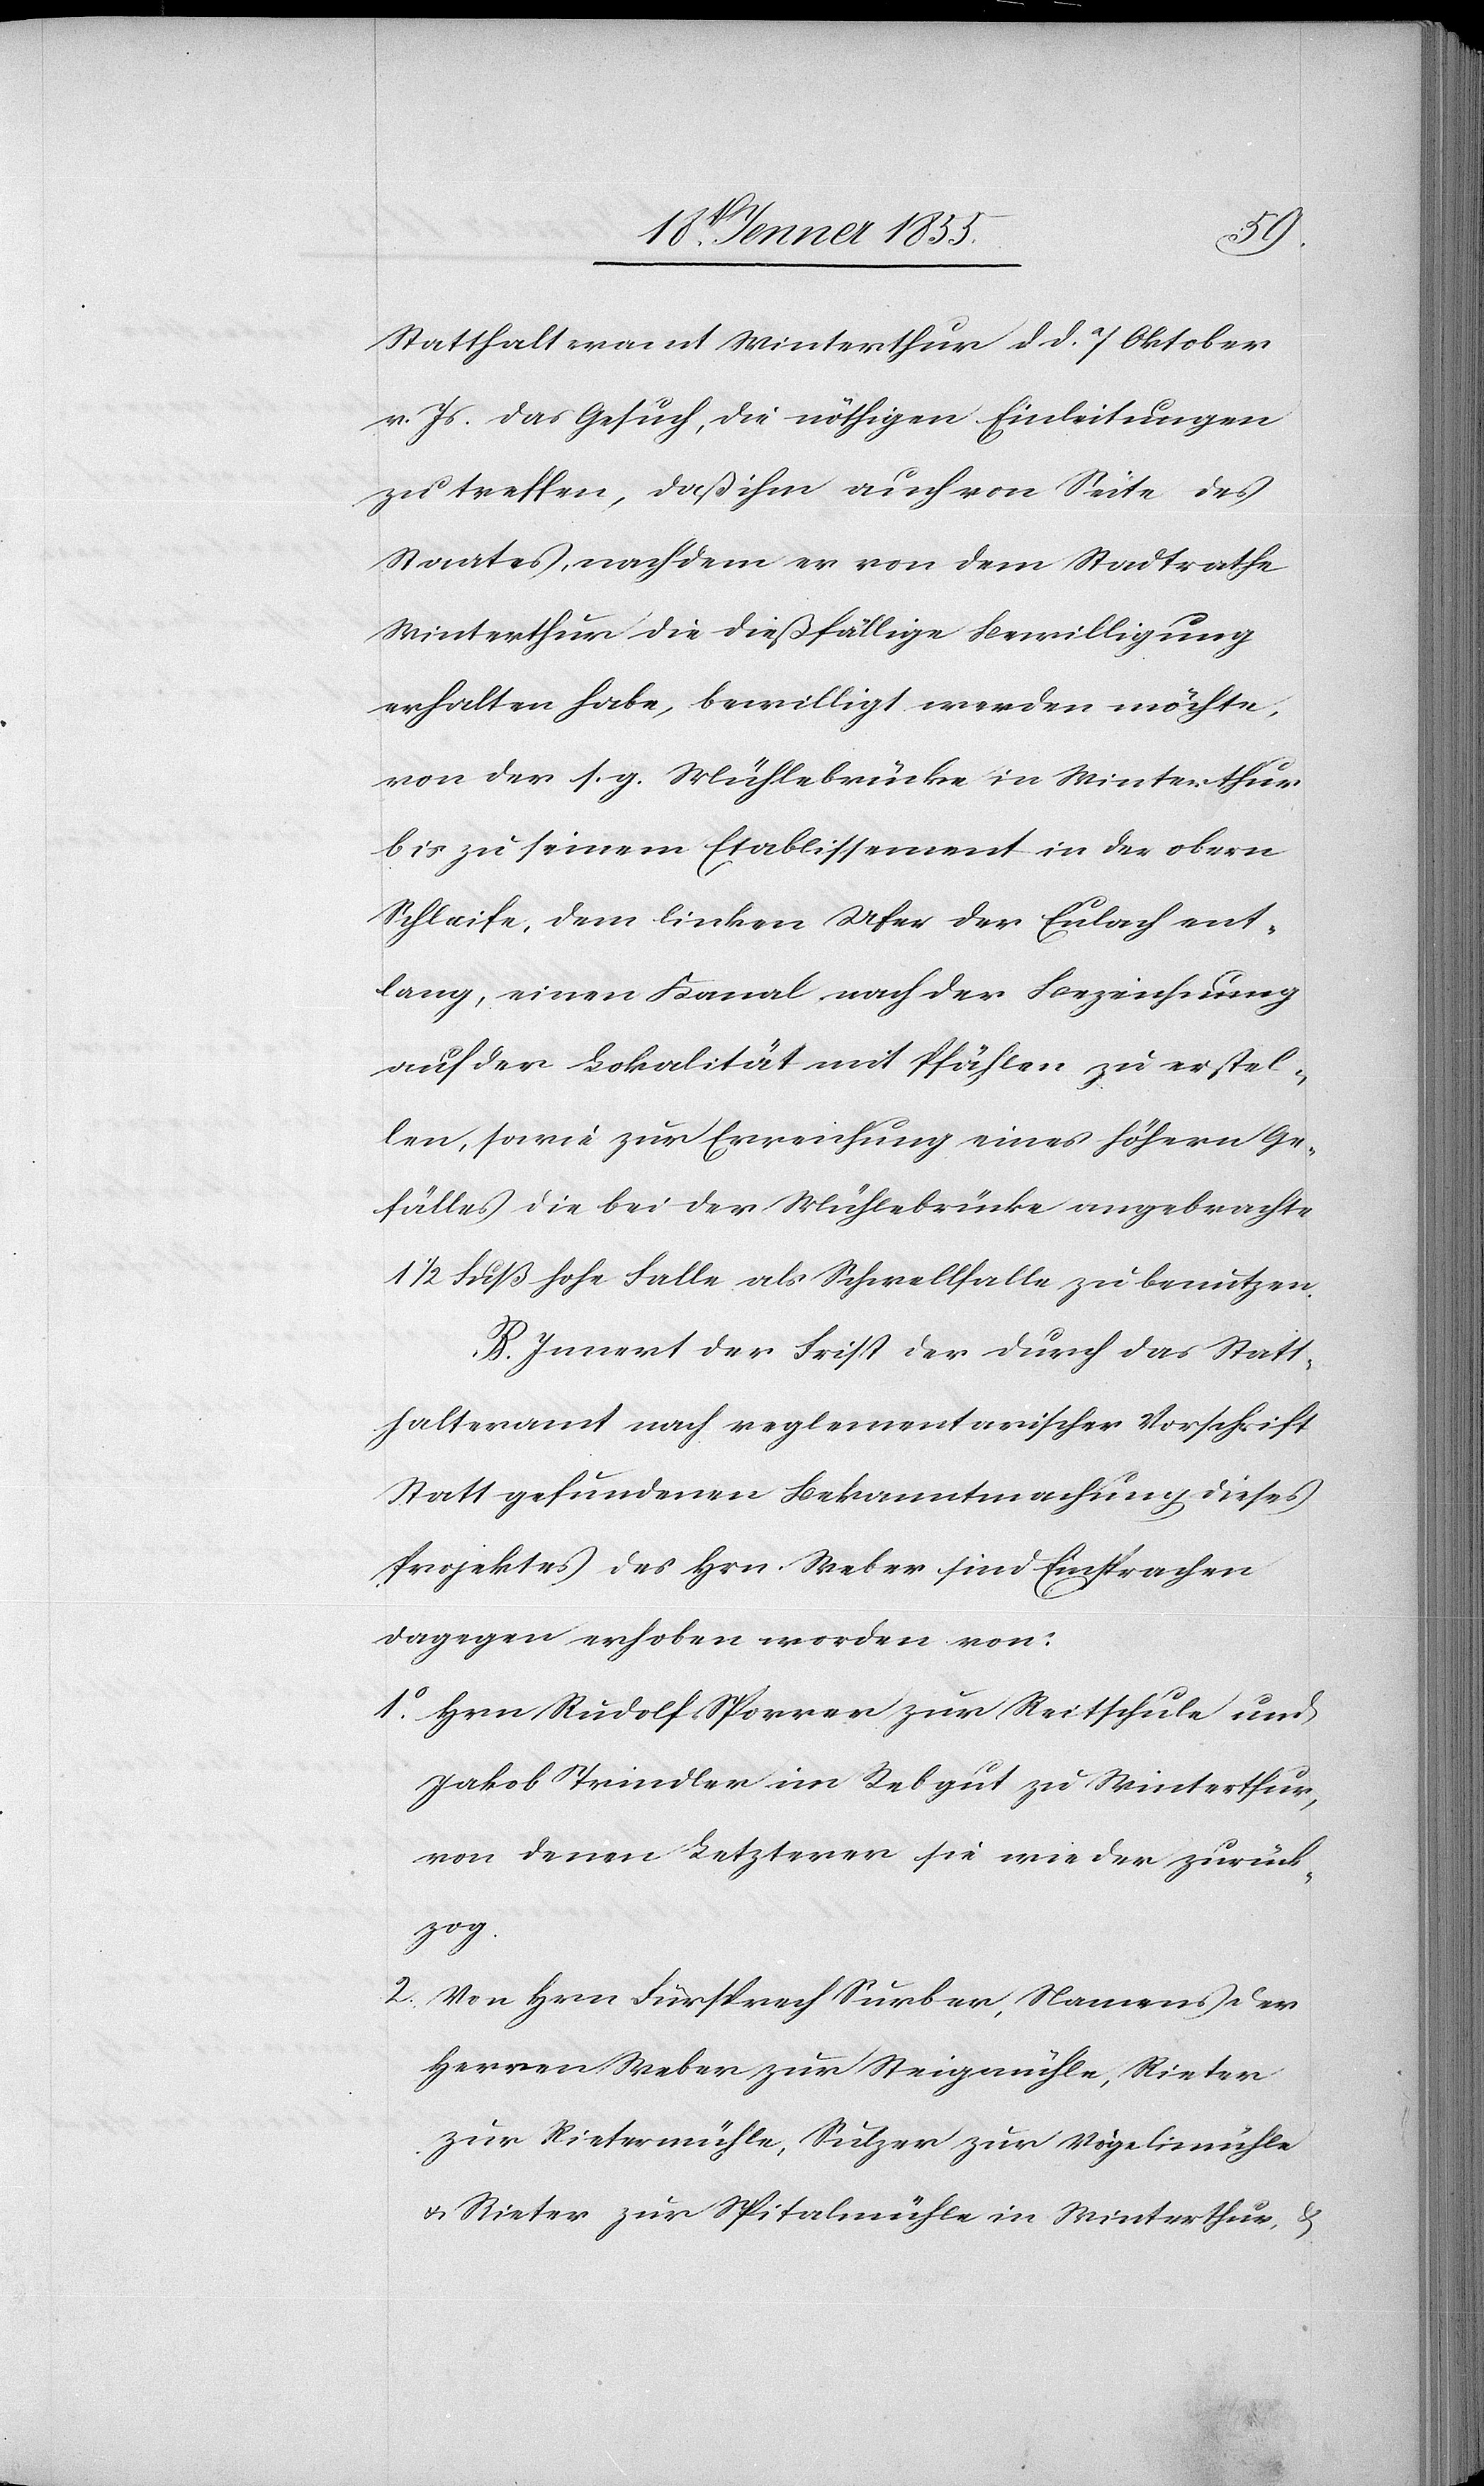
2.
Statthalteramt Winterthur d. d. 7 Oktober
v. Js. das Gesuch, die nöthigen Einleitungen
zu treffen, daß ihm auch von Seite des
Staates, nachdem er von dem Stadtrathe
Winterthur die dießfällige Bewilligung
erhalten habe, bewilligt werden möchte,
von der s. g. Mühlebrücke in Winterthur
bis zu seinem Etablissement in der obern
Schleife, dem linken Ufer der Eulach ent¬
lang, einen Kanal nach der Bezeichnung
auf der Lokalität mit Pfählen zu erstel¬
len, sowie zur Erreichung eines höhern Ge¬
fälles die bei der Mühlebrücke angebrachte
1/2 Fuß hohe Falle als Schwellfalle zu benutzen.
B. Innert der Frist der durch das Statt¬
halteramt nach reglementarischer Vorschrift
Statt gefundenen Bekanntmachung dieses
Projektes des Hrn. Weber sind Einsprachen
dagegen erhoben worden von:
Hrn Rudolf Sporrer zur Reitschule und
Jakob Trindler im Rebgut zu Winterthur,
von denen Letzterer sie wieder zurück¬
zog.
Von Hrn Fürsprech Surber, Namens der
Herren Weber zur Steigmühle, Rieter
zur Rietermühle, Sulzer zur Vögelimühle
& Rieter zur Spitalmühle in Winterthur, &